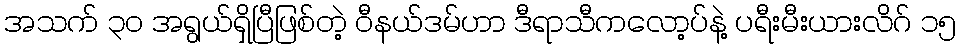
အသက် ၃၀ အရွယ်ရှိပြီဖြစ်တဲ့ ဝီနယ်ဒမ်ဟာ ဒီရာသီကလော့ပ်နဲ့ ပရီးမီးယားလိဂ် ၁၅